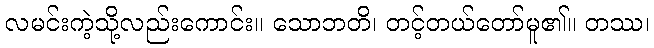
လမင်းကဲ့သို့လည်းကောင်း။ သောဘတိ၊ တင့်တယ်တော်မူ၏။ တဿ၊